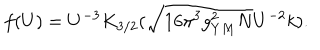
f ( U ) = U ^ { - 3 } K _ { 3 / 2 } ( \sqrt { 1 6 \pi ^ { 3 } g _ { Y M } ^ { 2 } N } U ^ { - 2 } k ) .